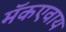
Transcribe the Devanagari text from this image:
मॅकएवाय